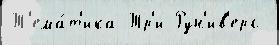
Т'ема́т'ика Тр'и Рун'ив'ерс